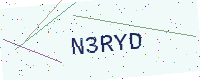
Text: N3RYD